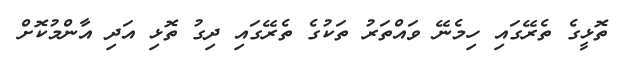
ތޮޅީގެ ތެރޭގައި ހިމެނޭ ވައްތަރު ތަކުގެ ތެރޭގައި ދިގު ތޮޅި އަދި އާންމުކޮށް